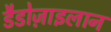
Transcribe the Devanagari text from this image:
डैडोज़ाइलान